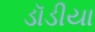
ડૉડીયા